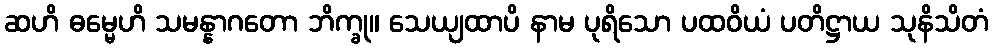
ဆဟိ ဓမ္မေဟိ သမန္နာဂတော ဘိက္ခု။ သေယျထာပိ နာမ ပုရိသော ပထဝိယံ ပတိဋ္ဌာယ သုနိသိတံ